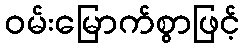
ဝမ်းမြောက်စွာဖြင့်